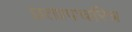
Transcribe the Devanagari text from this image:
प्रतापचरित्र